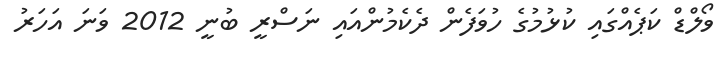
ވޯލްޑް ކަޕެއްގައި ކުޅުމުގެ ހުވަފެން ދެކެމުންއައި ނަސްރީ ބުނީ 2012 ވަނަ އަހަރު